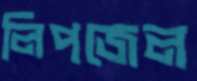
লিপজেল